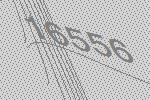
16556